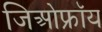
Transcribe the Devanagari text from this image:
जिओफ्रॉय